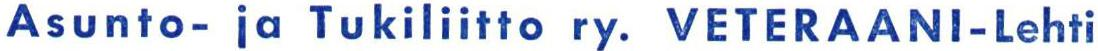
Asunto- ia Tukiliitto ry. VETERAANl-Lehti